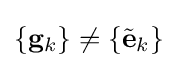
\{\mathbf {g} _{k}\}\neq \{{\tilde {\mathbf {e} }}_{k}\}